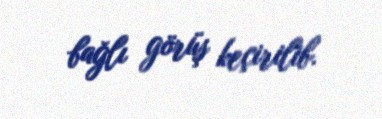
bağlı görüş keçirilib.